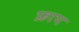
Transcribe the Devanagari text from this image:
फ्राप